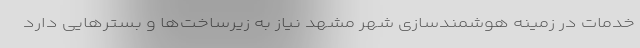
خدمات در زمینه هوشمندسازی شهر مشهد نیاز به زیرساخت‌ها و بسترهایی دارد